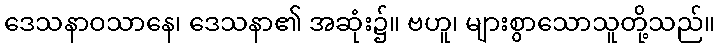
ဒေသနာဝသာနေ၊ ဒေသနာ၏ အဆုံး၌။ ဗဟူ၊ များစွာသောသူတို့သည်။